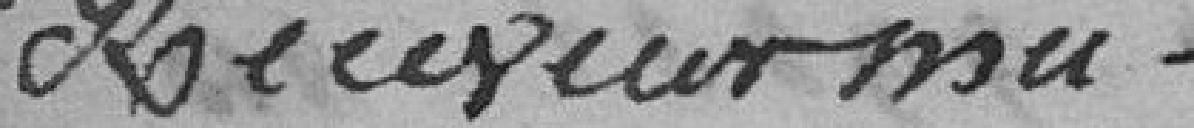
Receveur mu-